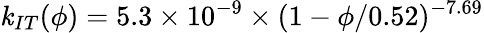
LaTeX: \mathit{k}_{IT}(\phi)=5.3\times10^{-9}\times(1-\phi/0.52)^{-7.69}